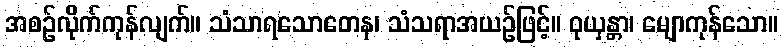
အစဉ်လိုက်ကုန်လျက်။ သံသာရသောတေန၊ သံသရာအယဉ်ဖြင့်။ ဝုယှန္တာ၊ မျောကုန်သော။